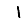
Digit: 1